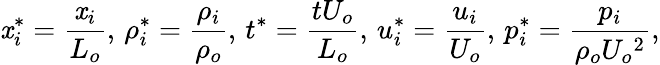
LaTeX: \mathit{x}_{i}^{*}=\frac{{\mathit{x}_{i}}}{{L_{o}}},\, \rho_{i}^{*}=\frac{{\rho_{i}}}{{\rho_{o}}},\, t^{*}=\frac{{tU_{o}}}{{L_{o}}},\, u_{i}^{*}=\frac{{u_{i}}}{{U_{o}}},\, p_{i}^{*}=\frac{{p_{i}}}{{\rho_{o}U_{o}{^2}}},